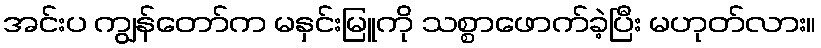
အင်းပ ကျွန်တော်က မနှင်းမြူကို သစ္စာဖောက်ခဲ့ပြီး မဟုတ်လား။